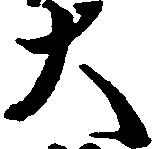
大